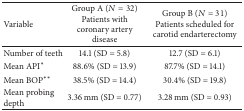
| Variable | Group A (N = 32)Patients with coronary artery disease | Group B (N = 31)Patients scheduled for carotid endarterectomy |
 | --- | --- | --- |
 | Number of teeth | 14.1 (SD = 5.8) | 12.7 (SD = 6.1) |
 | Mean API∗ | 88.6% (SD = 13.9) | 87.7% (SD = 14.1) |
 | Mean BOP∗∗ | 38.5% (SD = 14.4) | 30.4% (SD = 19.8) |
 | Mean probing depth | 3.36 mm (SD = 0.77) | 3.28 mm (SD = 0.93) |